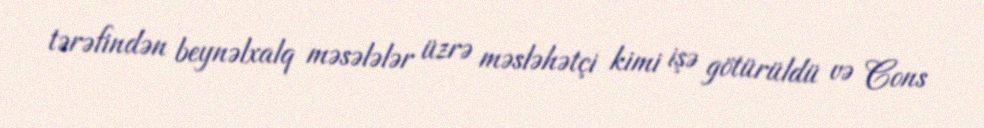
tərəfindən beynəlxalq məsələlər üzrə məsləhətçi kimi işə götürüldü və Cons